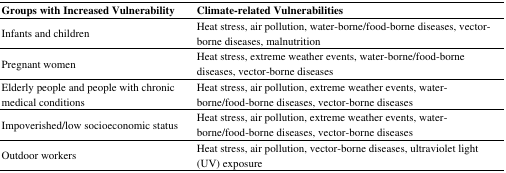
<table><thead><tr><td><b>Groups with Increased Vulnerability</b></td><td><b>Climate-related Vulnerabilities</b></td></tr></thead><tbody><tr><td>Infants and children</td><td>Heat stress, air pollution, water-borne/food-borne diseases, vector-borne diseases, malnutrition</td></tr><tr><td>Pregnant women</td><td>Heat stress, extreme weather events, water-borne/food-borne diseases, vector-borne diseases</td></tr><tr><td>Elderly people and people with chronic medical conditions</td><td>Heat stress, air pollution, extreme weather events, water-borne/food-borne diseases, vector-borne diseases</td></tr><tr><td>Impoverished/low socioeconomic status</td><td>Heat stress, air pollution, extreme weather events, water-borne/food-borne diseases, vector-borne diseases</td></tr><tr><td>Outdoor workers</td><td>Heat stress, air pollution, vector-borne diseases, ultraviolet light (UV) exposure</td></tr></tbody></table>